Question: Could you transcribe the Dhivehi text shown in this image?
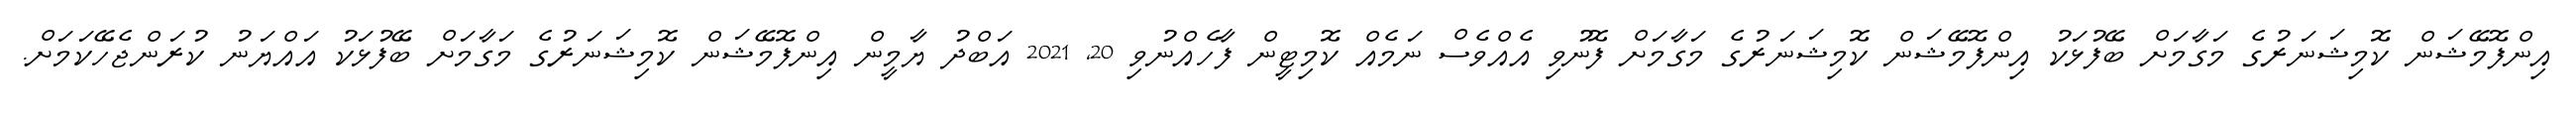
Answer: އިންފޮމޭޝަން ކޮމިޝަނަރުގެ މަގާމަށް ބޭފުޅަކު އިންފޮމޭޝަން ކޮމިޝަނަރުގެ މަގާމަށް ފޮނުވި އެއްވެސް ނަމެއް ކޮމިޓީން ފާހެއްނުވި 20, 2021 އަބްދު ޔާމީން އިންފޮމޭޝަން ކޮމިޝަނަރުގެ މަގާމަށް ބޭފުޅަކު އައްޔަނު ކުރަންޖެހޭކަމަށް.